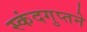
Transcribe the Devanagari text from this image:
स्कंदगुप्तने